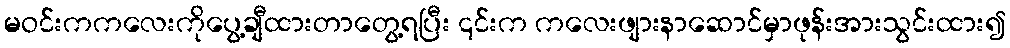
မဝင်းကကလေးကိုပွေ့ချီထားတာတွေ့ရပြီး ၎င်းက ကလေးဖျားနာဆောင်မှာဖုန်းအားသွင်းထား၍